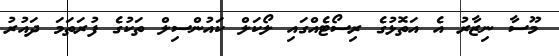
މޫސާ ނިޒާރު އެ އަތޮޅުގެ ރިސޯޓެއްގައި ލޯކަލް ކައުންސިލް ތަކުގެ ފުރަތަމަ ދައުރު